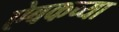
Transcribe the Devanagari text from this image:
ऐबकच्या